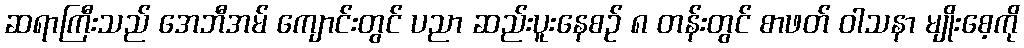
ဆရာကြီးသည် အေဘီအမ် ကျောင်းတွင် ပညာ ဆည်းပူးနေစဉ် ၈ တန်းတွင် စာဖတ် ဝါသနာ မျိုးစေ့ကို